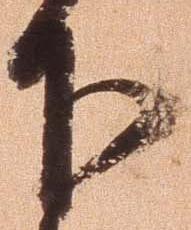
下